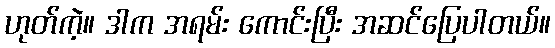
ဟုတ်ကဲ့။ ဒါက အရမ်း ကောင်းပြီး အဆင်ပြေပါတယ်။